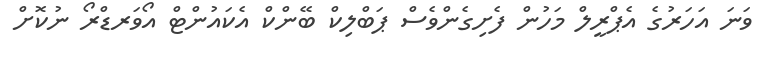
ވަނަ އަހަރުގެ އެޕްރީލް މަހުން ފެށިގެންވެސް ޕަބްލިކް ބޭންކް އެކައުންޓް އޯވަރޑްރޯ ނުކޮށް